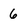
Character: 6